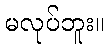
မလုပ်ဘူး။